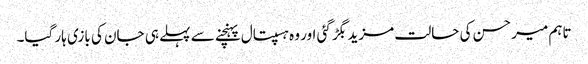
تاہم میر حسن کی حالت مزید بگڑ گئی اور وہ ہسپتال پہنچنے سے پہلے ہی جان کی بازی ہار گیا۔